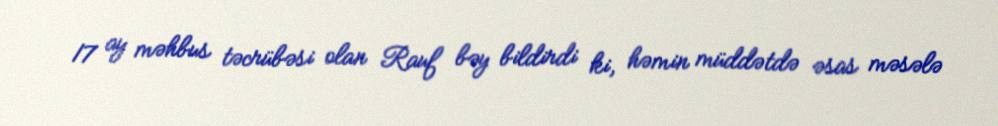
17 ay məhbus təcrübəsi olan Rauf bəy bildirdi ki, həmin müddətdə əsas məsələ